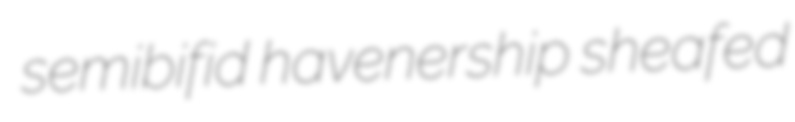
semibifid havenership sheafed